Causation and prevention of malarial fevers: a statement of the results of researches drawn up for the use of assistant surgeons, hospital assistants and students
Disease focus: Malaria
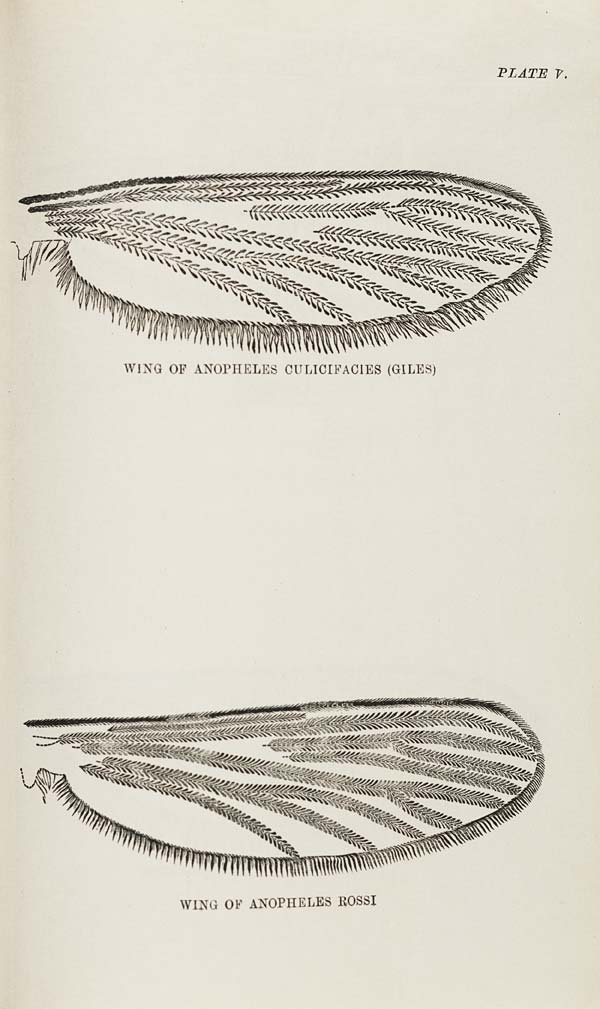
PLATE V.
WING OF ANOPHELES CULICIFACIES (GILES)
WING OF ANOPHELES ROSSI